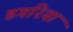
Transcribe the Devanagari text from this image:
डगरिया